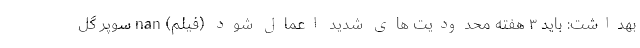
بهداشت: باید ۳ هفته محدودیت های شدید اعمال شود (فیلم) nan سوپر گل